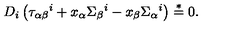
D _ { i } \left( \tau _ { \alpha \beta } { } ^ { i } + x _ { \alpha } \Sigma _ { \beta } { } ^ { i } - x _ { \beta } \Sigma _ { \alpha } { } ^ { i } \right) \stackrel { * } { = } 0 .